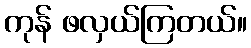
ကုန် ဖလှယ်ကြတယ်။